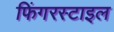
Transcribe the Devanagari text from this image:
फिंगरस्टाइल